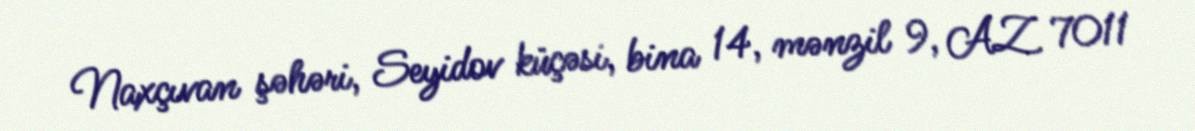
Naxçıvan şəhəri, Seyidov küçəsi, bina 14, mənzil 9, AZ 7011